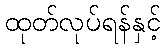
ထုတ်လုပ်ရန်နှင့်